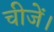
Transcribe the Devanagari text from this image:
चीजें।